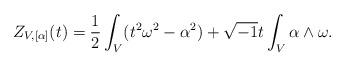
LaTeX: \begin{align*}Z_{V,[\alpha]}(t) = \frac{1}{2}\int_{V}(t^{2}\omega^{2}-\alpha^{2})+\sqrt{-1}t\int_{V}\alpha\wedge\omega.\end{align*}